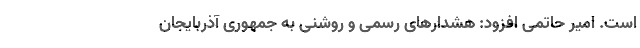
است. امیر حاتمی افزود: هشدار‌های رسمی و روشنی به جمهوری آذربایجان